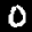
Label: 0